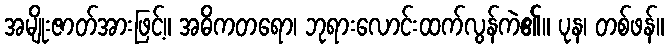
အမျိုးဇာတ်အားဖြင့်။ အဓိကတရော၊ ဘုရားလောင်းထက်လွန်ကဲ၏။ ပုန၊ တစ်ဖန်။